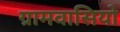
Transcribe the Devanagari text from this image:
ग्रामवासियो